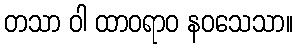
တသာ ဝါ ထာဝရာဝ နဝသေသာ။